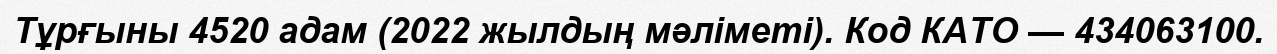
Тұрғыны 4520 адам (2022 жылдың мәліметі). Код КАТО — 434063100.